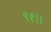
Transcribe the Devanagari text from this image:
९१।।